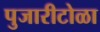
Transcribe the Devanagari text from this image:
पुजारीटोळा